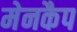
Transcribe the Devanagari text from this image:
मेनकैप